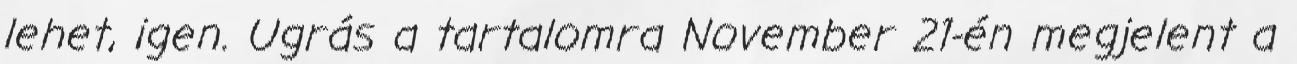
lehet, igen. Ugrás a tartalomra November 21-én megjelent a